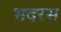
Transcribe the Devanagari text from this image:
भदरस